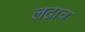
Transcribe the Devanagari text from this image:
लढाच